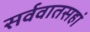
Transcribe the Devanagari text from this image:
सर्ववातसहां